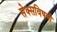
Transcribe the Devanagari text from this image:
सेक्सविषयी